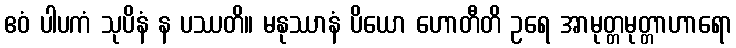
ဧဝံ ပါပကံ သုပိနံ န ပဿတိ။ မနုဿာနံ ပိယော ဟောတီတိ ဥရေ အာမုတ္တမုတ္တာဟာရော